Lunatic asylums in Bengal annual reports 1888-1898 - 1888-1898
Year: 1888
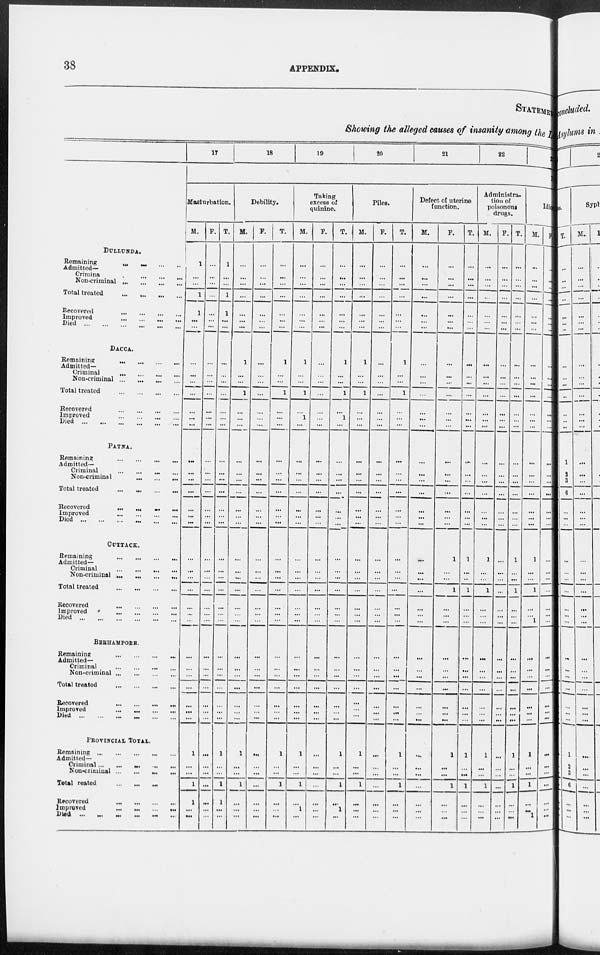
38
APPENDIX.
STATEMENT
Showing the alleged causes of insanity among the Lunatic
DULLUNDA.
Remaining
...
...
...
...
Admitted—
Criminal ... ... ... ...
Non-criminal
...
...
...
...
Total treated ... ... ... ...
Recovered ... ... ... ...
Improved ... ... ... ...
Died
...
...
...
...
...
...
DACCA.
Remaining ... ... ... ...
Admitted—
Criminal ... ... ... ...
Non-criminal
...
...
...
...
Total treated
...
...
...
...
Recovered ... ... ... ...
Improved ... ... ... ...
Died
...
...
...
...
PATNA.
Remaining
...
...
...
...
Admitted—
Criminal
...
...
...
...
Non-criminal
...
...
...
Total treated
...
...
...
...
Recovered ... ... ... ...
Improved ... ... ... ...
Died
...
...
...
...
...
...
CUTTACK.
Remaining
...
...
...
...
Admitted—
Criminal
...
...
...
...
Non-criminal
...
...
...
...
Total treated
...
...
...
...
Recovered
...
...
...
...
Improved
...
...
...
...
Died
...
...
...
...
...
...
BEHRAMPORE.
Remaining
...
...
...
...
Admitted—
Criminal
...
...
...
...
Non-criminal
...
...
...
...
Total treated
...
...
...
...
Recovered
...
...
...
...
Improved
...
...
...
...
Died
...
...
...
...
...
...
PROVINCIAL TOTAL.
Remaining
...
...
...
...
...
Admitted—
Criminal
...
...
...
...
...
Non-criminal
...
...
...
...
Total
treated ... ... ... ...
Recovered
...
...
...
...
Improved
...
...
...
...
Died ... ... ... ... ... ...
17
18
19
20
21
22
23
Masturbation.
M.
1
...
...
1
1
...
...
...
...
...
...
...
...
...
...
...
...
...
...
...
...
...
...
...
...
...
...
...
...
...
...
...
...
...
...
1
...
...
1
1
...
...
F.
...
...
...
...
...
...
...
...
...
...
...
...
...
...
...
...
...
...
...
...
...
...
...
...
...
...
...
...
...
...
...
...
...
...
...
...
...
...
...
...
...
...
T.
1
...
...
1
1
...
...
...
...
...
...
...
...
...
...
...
...
...
...
...
...
...
...
...
...
...
...
...
...
...
...
...
...
...
...
1
...
...
1
1
...
...
Debility.
M.
...
...
...
...
...
...
...
1
...
...
1
...
...
...
...
...
...
...
...
...
...
...
...
...
...
...
...
...
...
...
...
...
...
...
...
1
...
...
1
...
...
...
F.
...
...
...
...
...
...
...
...
...
...
...
...
...
...
...
...
...
...
...
...
...
...
...
...
...
...
...
...
...
...
...
...
...
...
...
...
...
...
...
...
...
...
T.
...
...
...
...
...
...
...
1
...
...
1
...
...
...
...
...
...
...
...
...
...
...
...
...
...
...
...
...
...
...
...
...
...
...
...
1
...
...
1
...
...
...
Taking
excess of
quinine.
M.
...
...
...
...
...
...
...
1
...
...
1
1
...
...
...
...
...
...
...
...
...
...
...
...
...
...
...
...
...
...
...
...
...
...
...
1
...
...
1
...
1
...
F.
...
...
...
...
...
...
...
...
...
...
...
...
...
...
...
...
...
...
...
...
...
...
...
...
...
...
...
...
...
...
...
...
...
...
...
...
...
...
...
...
...
...
T.
...
...
...
...
...
...
...
1
...
...
1
1
...
...
...
...
...
...
...
...
...
...
...
...
...
...
...
...
...
...
...
...
...
...
...
1
...
...
1
...
1
...
Piles.
M.
...
...
...
...
...
...
...
1
...
...
1
...
...
...
...
...
...
...
...
...
...
...
...
...
...
...
...
...
...
...
...
...
...
...
...
1
...
...
1
...
...
...
F.
...
...
...
...
...
...
...
...
...
...
...
...
...
...
...
...
...
...
...
...
...
...
...
...
...
...
...
...
...
...
...
...
...
...
...
...
...
...
...
...
...
...
T.
...
...
...
...
...
...
...
1
...
...
1
...
...
...
...
...
...
...
...
...
...
...
...
...
...
...
...
...
...
...
...
...
...
...
...
1
...
...
1
...
...
...
Defect of uterine
function.
M.
...
...
...
...
...
...
...
...
...
...
...
...
...
...
...
...
...
...
...
...
...
...
...
...
...
...
...
...
...
...
...
...
...
...
...
...
...
...
...
...
...
...
F.
...
...
...
...
...
...
...
...
...
...
...
...
...
...
...
...
...
...
...
...
1
...
...
...
1
...
...
...
...
...
...
...
...
...
...
1
...
...
1
...
...
...
T.
...
...
...
...
...
...
...
...
...
...
...
...
...
...
...
...
...
...
...
...
1
...
...
...
1
...
...
...
...
...
...
...
...
...
...
1
...
...
1
...
...
...
Administra-
tion of
poisonous
drugs.
M.
...
...
...
...
...
...
...
...
...
...
...
...
...
...
...
...
...
...
...
...
1
...
...
...
1
...
...
...
...
...
...
...
...
...
...
1
...
...
1
...
...
...
F.
...
...
...
...
...
...
...
...
...
...
...
...
...
...
...
...
...
...
...
...
...
...
...
...
...
...
...
...
...
...
...
...
...
...
...
...
...
...
...
...
...
...
T.
...
...
...
...
...
...
...
...
...
...
...
...
...
...
...
...
...
...
...
...
1
...
...
...
1
...
...
...
...
...
...
...
...
...
...
1
...
...
1
...
...
...
Idiocy.
M.
...
...
...
...
...
...
...
...
...
...
...
...
...
...
...
...
...
...
...
...
1
...
...
...
1
...
...
1
...
...
...
...
...
...
...
1
...
...
1
...
...
...
F.
...
...
...
...
...
...
...
...
...
...
...
...
...
...
...
...
...
...
...
...
...
...
...
...
...
...
...
...
...
...
...
...
...
...
...
...
...
...
...
...
...
...